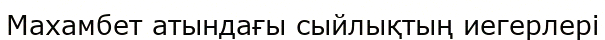
Махамбет атындағы сыйлықтың иегерлері